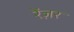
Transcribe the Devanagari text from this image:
रेंज़र